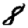
Digit: 8